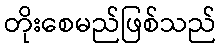
တိုးစေမည်ဖြစ်သည်